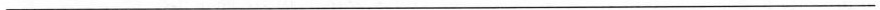
___